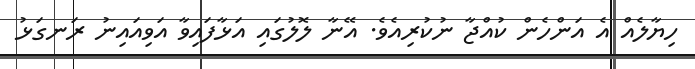
ހިޔާލެއް އެ އަންހެން ކުއްޖާ ނުކުރިއެވެ. އޭނާ ލޮލުގައި އަޅާފައިވާ އަވިއައިނު ރަނގަޅު